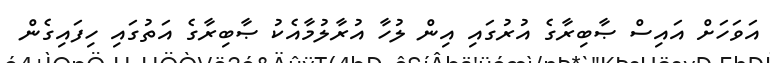
އަވަހަށް އައިސް ޞާބިރާގެ އުރުގައި އިން ލުހާ އުރާލުމާއެކު ޞާބިރާގެ އަތުގައި ހިފައިގެން